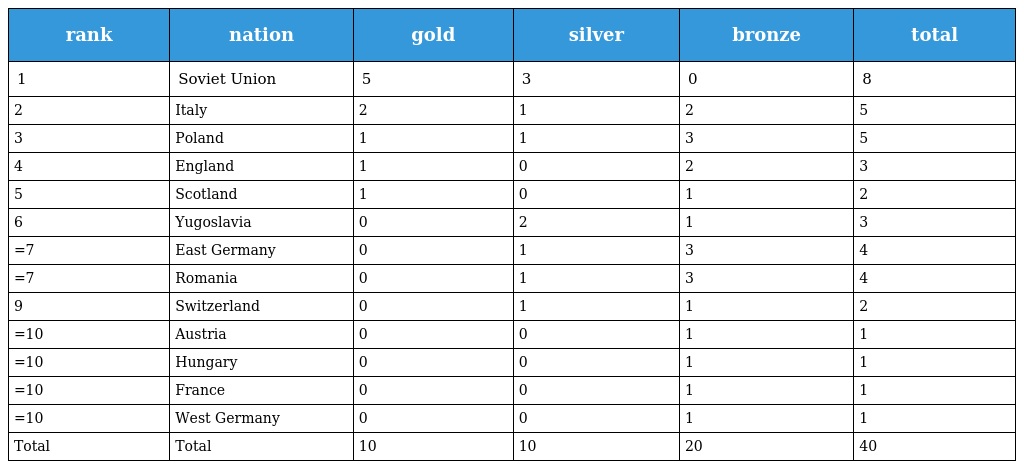
| rank | nation | gold | silver | bronze | total |
 | --- | --- | --- | --- | --- | --- |
 | 1 | Soviet Union | 5 | 3 | 0 | 8 |
 | 2 | Italy | 2 | 1 | 2 | 5 |
 | 3 | Poland | 1 | 1 | 3 | 5 |
 | 4 | England | 1 | 0 | 2 | 3 |
 | 5 | Scotland | 1 | 0 | 1 | 2 |
 | 6 | Yugoslavia | 0 | 2 | 1 | 3 |
 | =7 | East Germany | 0 | 1 | 3 | 4 |
 | =7 | Romania | 0 | 1 | 3 | 4 |
 | 9 | Switzerland | 0 | 1 | 1 | 2 |
 | =10 | Austria | 0 | 0 | 1 | 1 |
 | =10 | Hungary | 0 | 0 | 1 | 1 |
 | =10 | France | 0 | 0 | 1 | 1 |
 | =10 | West Germany | 0 | 0 | 1 | 1 |
 | Total | Total | 10 | 10 | 20 | 40 |